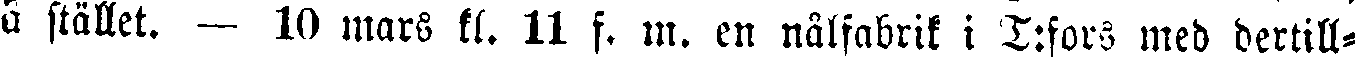
å stället. — 10 mars kl. 11 f. m. en nålfabrik i T:fors med dertill-